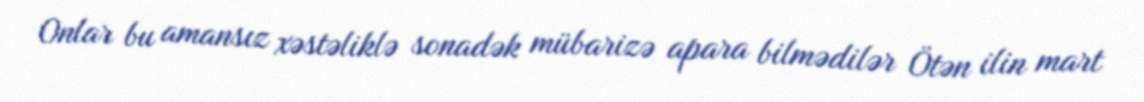
Onlar bu amansız xəstəliklə sonadək mübarizə apara bilmədilər Ötən ilin mart